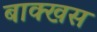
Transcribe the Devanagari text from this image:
बाक्खस